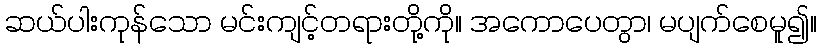
ဆယ်ပါးကုန်သော မင်းကျင့်တရားတို့ကို။ အကောပေတွာ၊ မပျက်စေမူ၍။